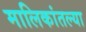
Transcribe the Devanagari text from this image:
मालिकांतल्या